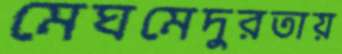
মেঘমেদুরতায়